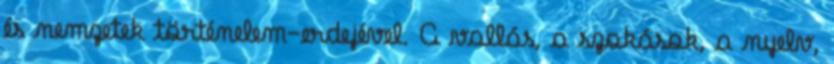
és nemzetek történelem-erdejével. A vallás, a szokások, a nyelv,